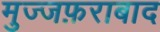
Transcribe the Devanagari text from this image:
मुज्जफ़राबाद